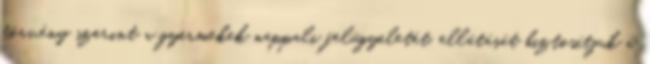
törvény szerint a gyermekek nappali felügyeletét, ellátását biztosítjuk a